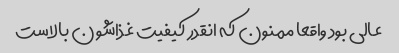
عالی بود واقعا ممنون که انقدر کیفیت غذاشون بالاست